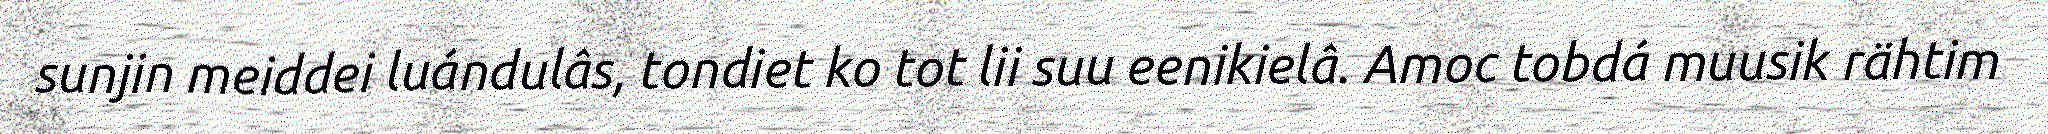
sunjin meiddei luándulâs, tondiet ko tot lii suu eenikielâ. Amoc tobdá muusik rähtim